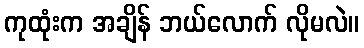
ကုထုံးက အချိန် ဘယ်လောက် လိုမလဲ။